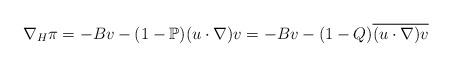
LaTeX: \begin{align*}\nabla_H \pi=-Bv-(1-\mathbb{P})(u\cdot \nabla)v=-Bv-(1-Q)\overline{(u\cdot \nabla)v}\end{align*}